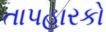
તાપહારકો